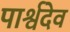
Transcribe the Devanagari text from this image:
पार्श्वदेव